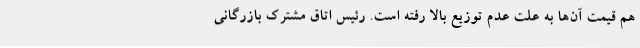
هم قیمت آن‌ها به علت عدم توزیع بالا رفته است. رئیس اتاق مشترک بازرگانی